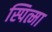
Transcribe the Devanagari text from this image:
स्पित्मा